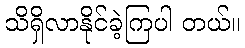
သိရှိလာနိုင်ခဲ့ကြပါ တယ်။